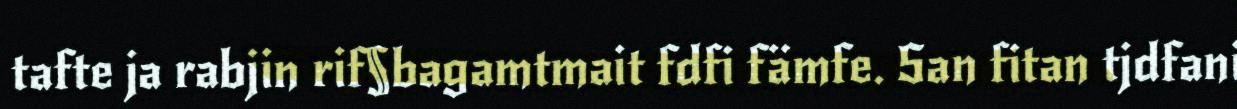
tafte ja rabjin rif§bagamtmait fdfi fämfe. San fitan tjdfani